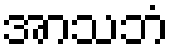
အာသဘံ